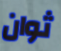
ثوان